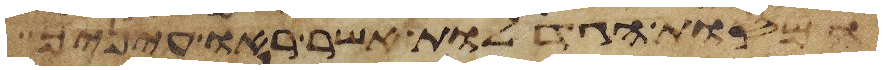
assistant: המסות הגדלות אשר ראו עיניך